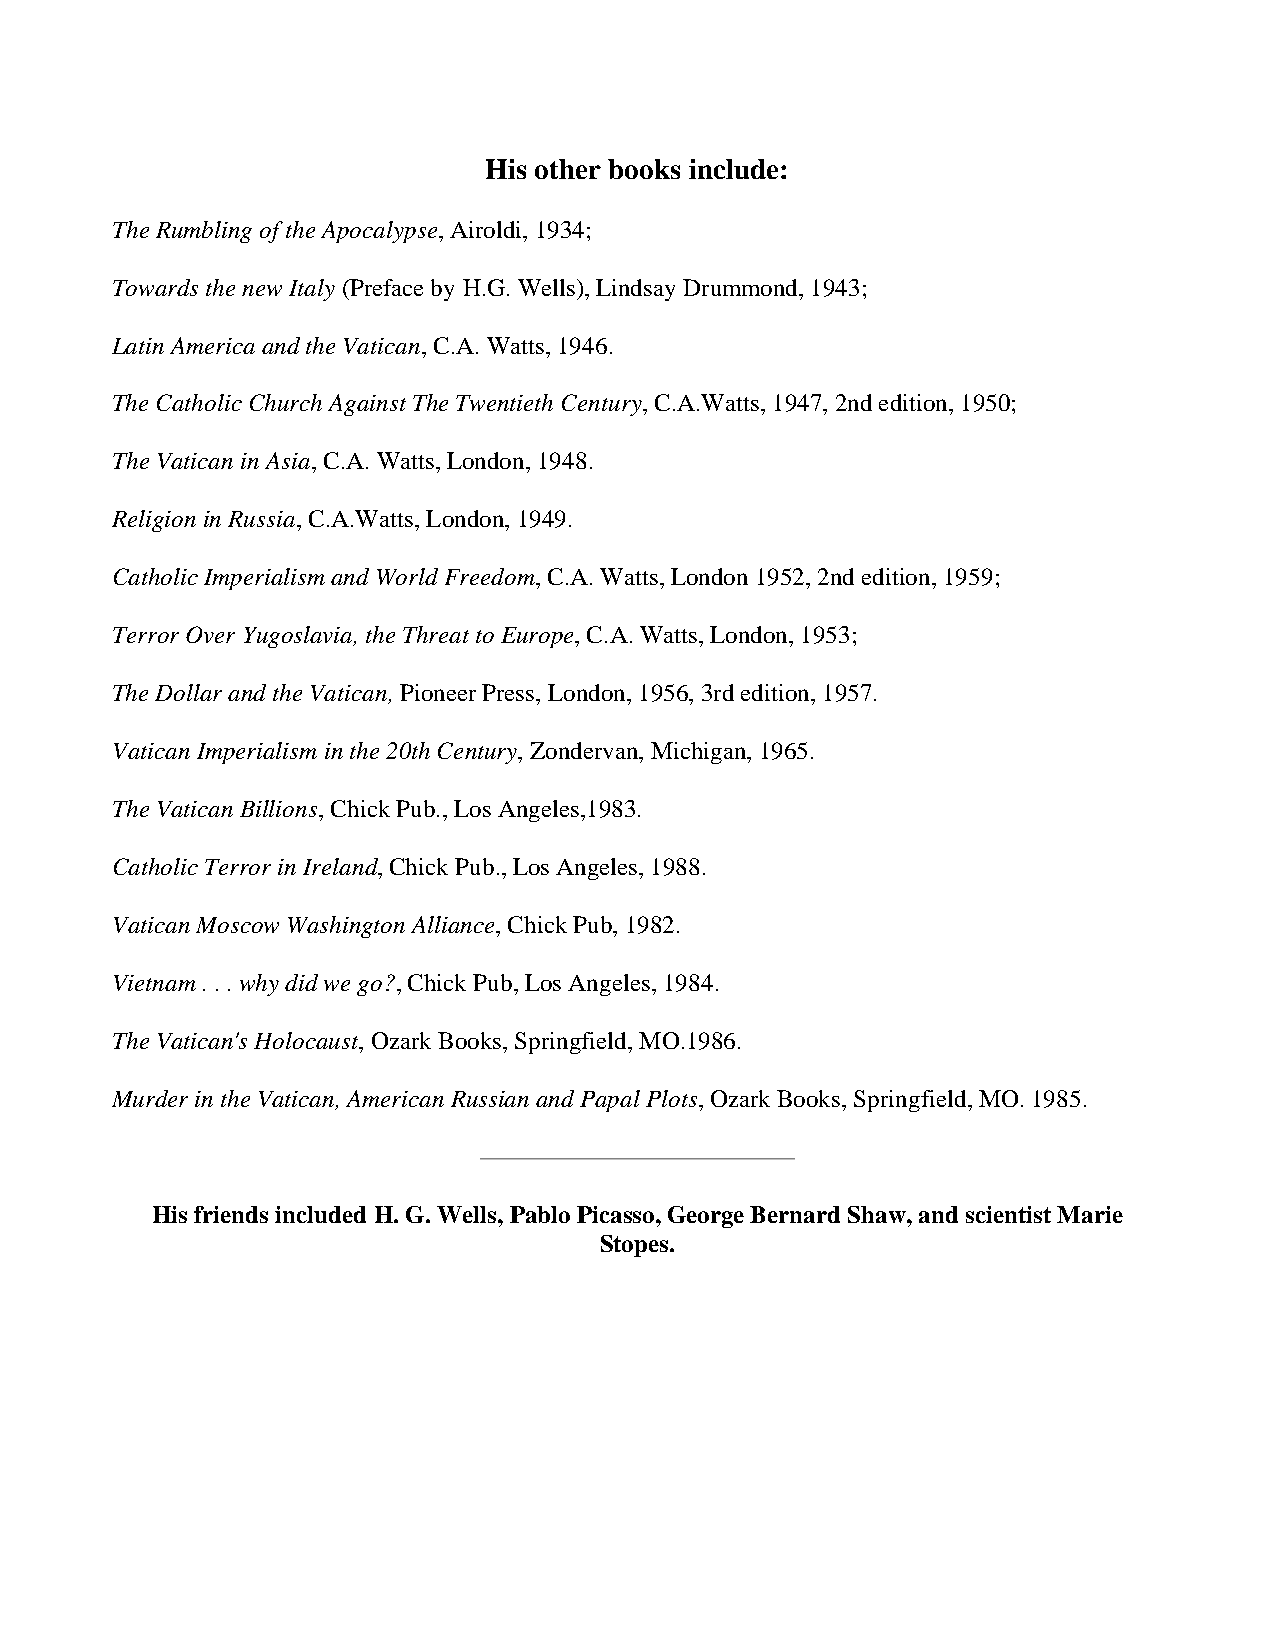
His other books include:
 The Rumbling of the Apocalypse, Airoldi, 1934;
 Towards the new Italy (Preface by H.G. Wells), Lindsay Drummond, 1943;
 Latin America and the Vatican, C.A. Watts, 1946.
 The Catholic Church Against The Twentieth Century, C.A.Watts, 1947, 2nd edition, 1950;
 The Vatican in Asia, C.A. Watts, London, 1948.
 Religion in Russia, C.A.Watts, London, 1949.
 Catholic Imperialism and World Freedom, C.A. Watts, London 1952, 2nd edition, 1959;
 Terror Over Yugoslavia, the Threat to Europe, C.A. Watts, London, 1953;
 The Dollar and the Vatican, Pioneer Press, London, 1956, 3rd edition, 1957.
 Vatican Imperialism in the 20th Century, Zondervan, Michigan, 1965.
 The Vatican Billions, Chick Pub., Los Angeles,1983.
 Catholic Terror in Ireland, Chick Pub., Los Angeles, 1988.
 Vatican Moscow Washington Alliance, Chick Pub, 1982.
 Vietnam . . . why did we go?, Chick Pub, Los Angeles, 1984.
 The Vatican's Holocaust, Ozark Books, Springfield, MO.1986.
 Murder in the Vatican, American Russian and Papal Plots, Ozark Books, Springfield, MO. 1985.
 His friends included H. G. Wells, Pablo Picasso, George Bernard Shaw, and scientist Marie
 Stopes.